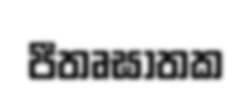
පීතෘඝාතක